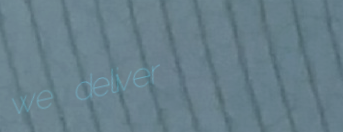
we deliver